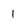
Character: 1